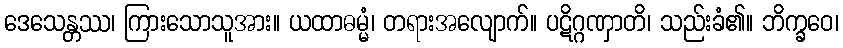
ဒေသေန္တဿ၊ ကြားသောသူအား။ ယထာဓမ္မံ၊ တရားအလျောက်။ ပဋိဂ္ဂဏှာတိ၊ သည်းခံ၏။ ဘိက္ခဝေ၊